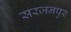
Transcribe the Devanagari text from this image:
सरजनपुर